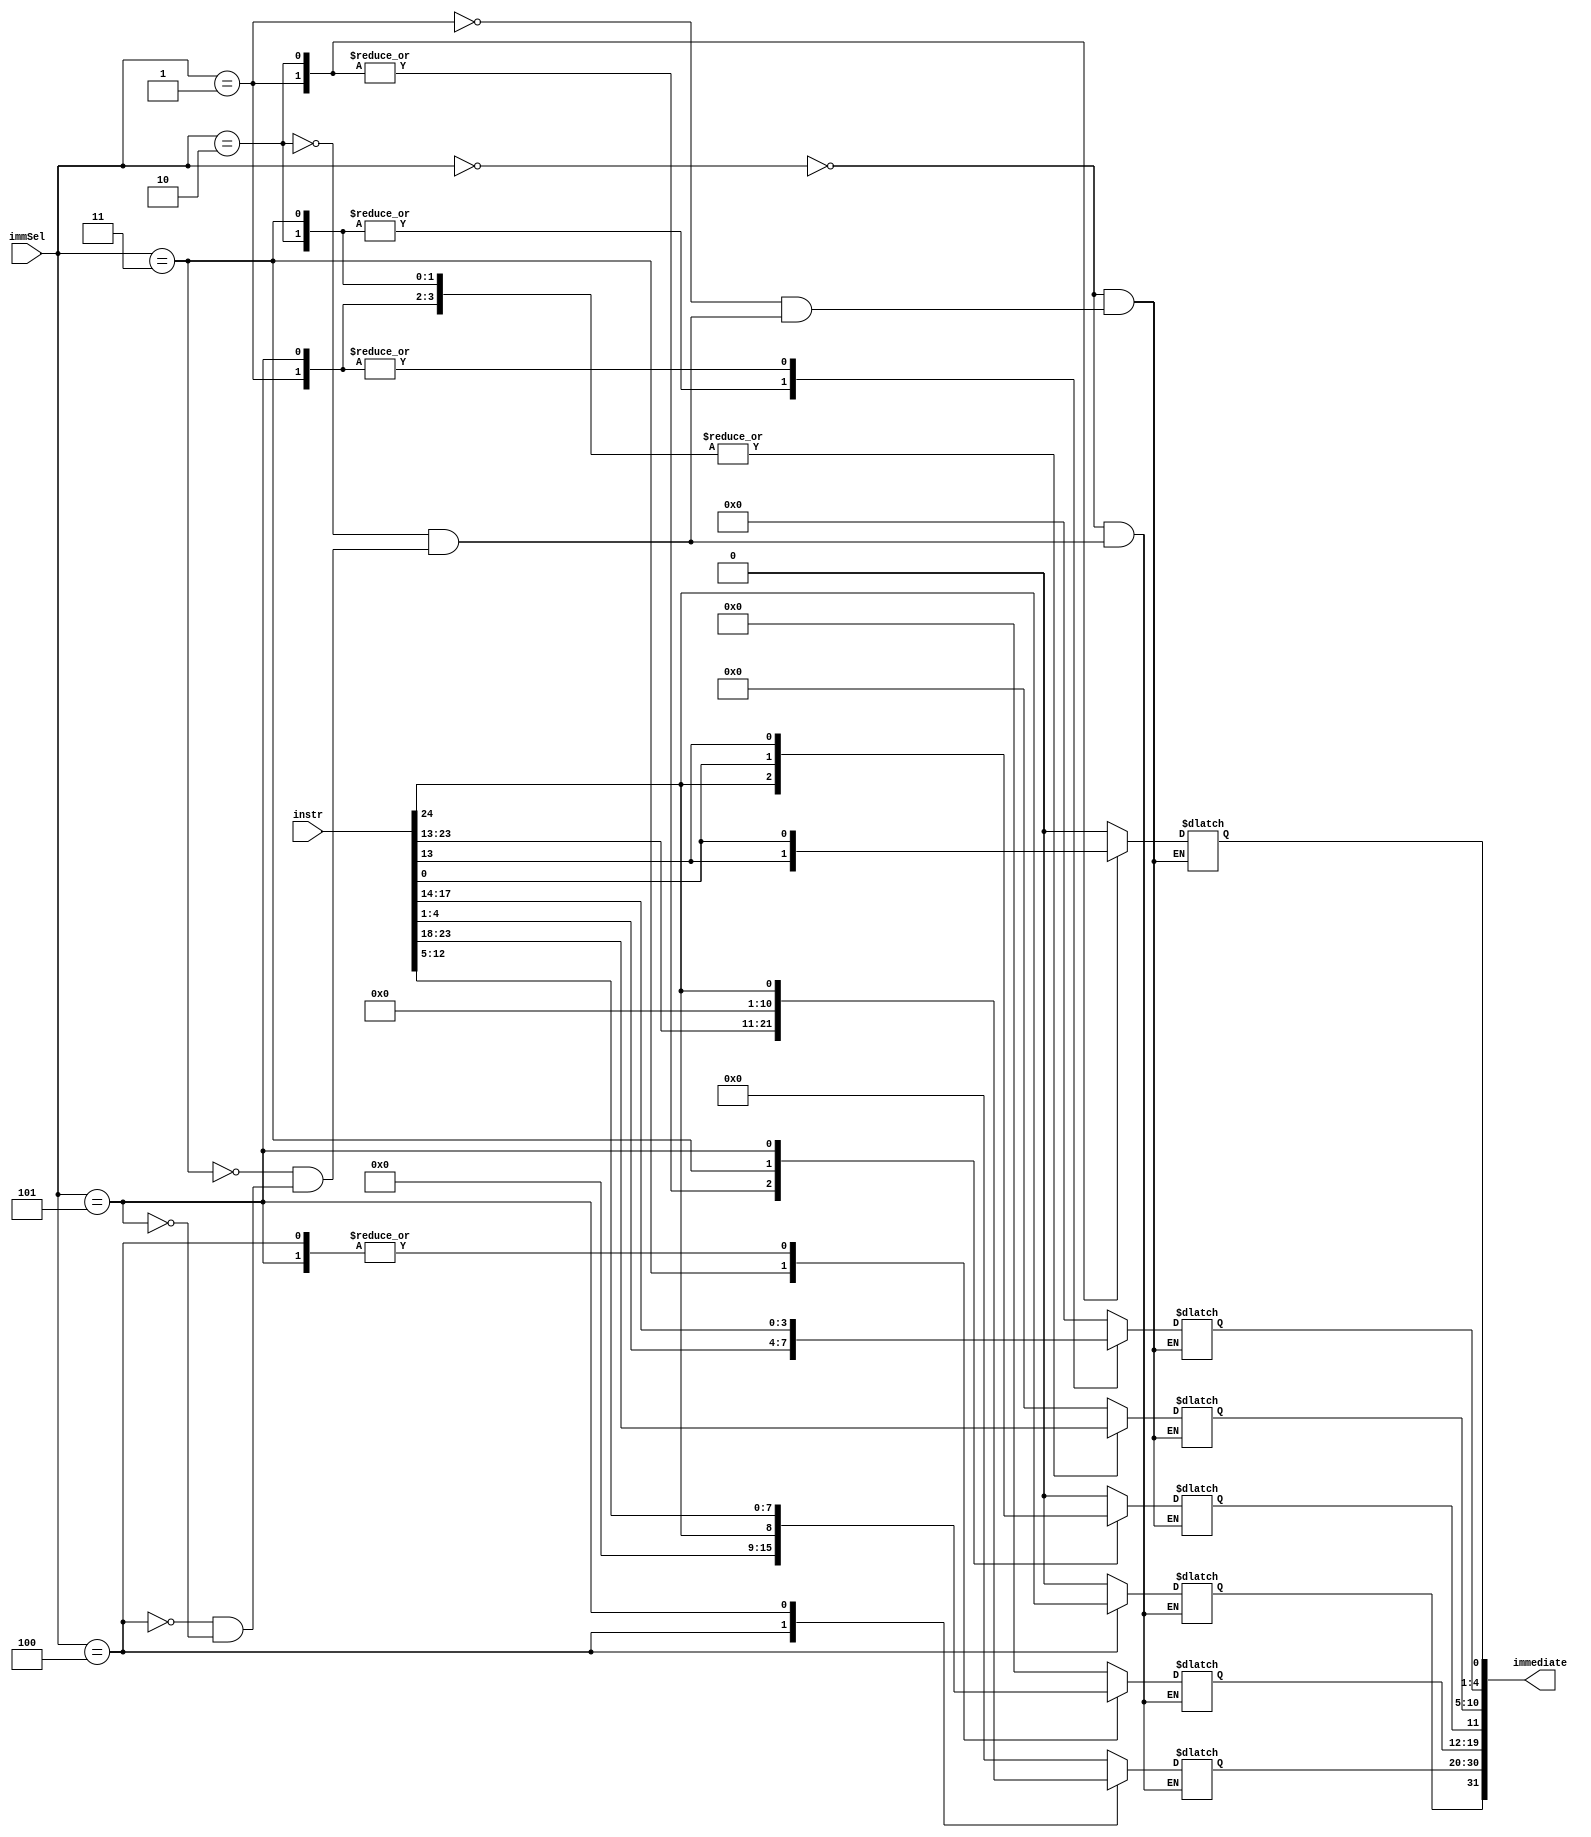
module immGen(
    input  [3:0]    immSel,
    input  [24:0]   instr,
    output [31:0]  immediate
);

reg [31:0] r_immediate;

    always @(*) begin
        // immSel:
        // 0 -> R-Type, No r_immediate
        // 1 -> I-Type, [24:13]
        // 2 -> S Type, [24:18] [4:0]
        // 3 -> B Type, [24:23] [22:18] [4:1] [0]
        // 4 -> U Type, [24:5]
        // 5 -> J Type, [24:5]
        case (immSel) 
        // 0 -> R-Type, No r_immediate
        4'd0: r_immediate <= 32'h0;
        // 1 -> I-Type, [24:13]
        4'd1:   begin
                    r_immediate[11] <= instr[24];
                    r_immediate[10:5]  <= instr[23:18];
                    r_immediate[4:1]   <= instr[17:14];
                    r_immediate[0]     <= instr[13];
                end
        // 2 -> S Type, [24:18] [4:0]
        4'd2:   begin
                    r_immediate[31:11] <= instr[24];
                    r_immediate[10:5]  <= instr[23:18];
                    r_immediate[4:1]   <= instr[4:1];
                    r_immediate[0]     <= instr[0];
                end
        // 3 -> B Type, [24:23] [22:18] [4:1] [0]
        4'd3:   begin
                    r_immediate[31:12] <= instr[24];
                    r_immediate[11]    <= instr[0];
                    r_immediate[10:5]  <= instr[23:18];
                    r_immediate[4:1]   <= instr[4:1];
                    r_immediate[0]     <= 1'b0;
                end
        // 4 -> U Type, [24:5]
        4'd4:   begin
                    r_immediate[31]    <= instr[24];
                    r_immediate[30:20] <= instr[23:13];
                    r_immediate[19:12] <= instr[12:5];
                    r_immediate[11:0]  <= 12'b0;
                end
        // 5 -> J Type, [24:5]
        4'd5:   begin
                    r_immediate[31:20] <= instr[24];
                    r_immediate[19:12] <= instr[12:5];
                    r_immediate[11]    <= instr[13];
                    r_immediate[10:5]  <= instr[23:18];
                    r_immediate[4:1]   <= instr[17:14];
                    r_immediate[0]     <= 1'b0;
                end 
        endcase
    end
    assign immediate = r_immediate;
endmodule